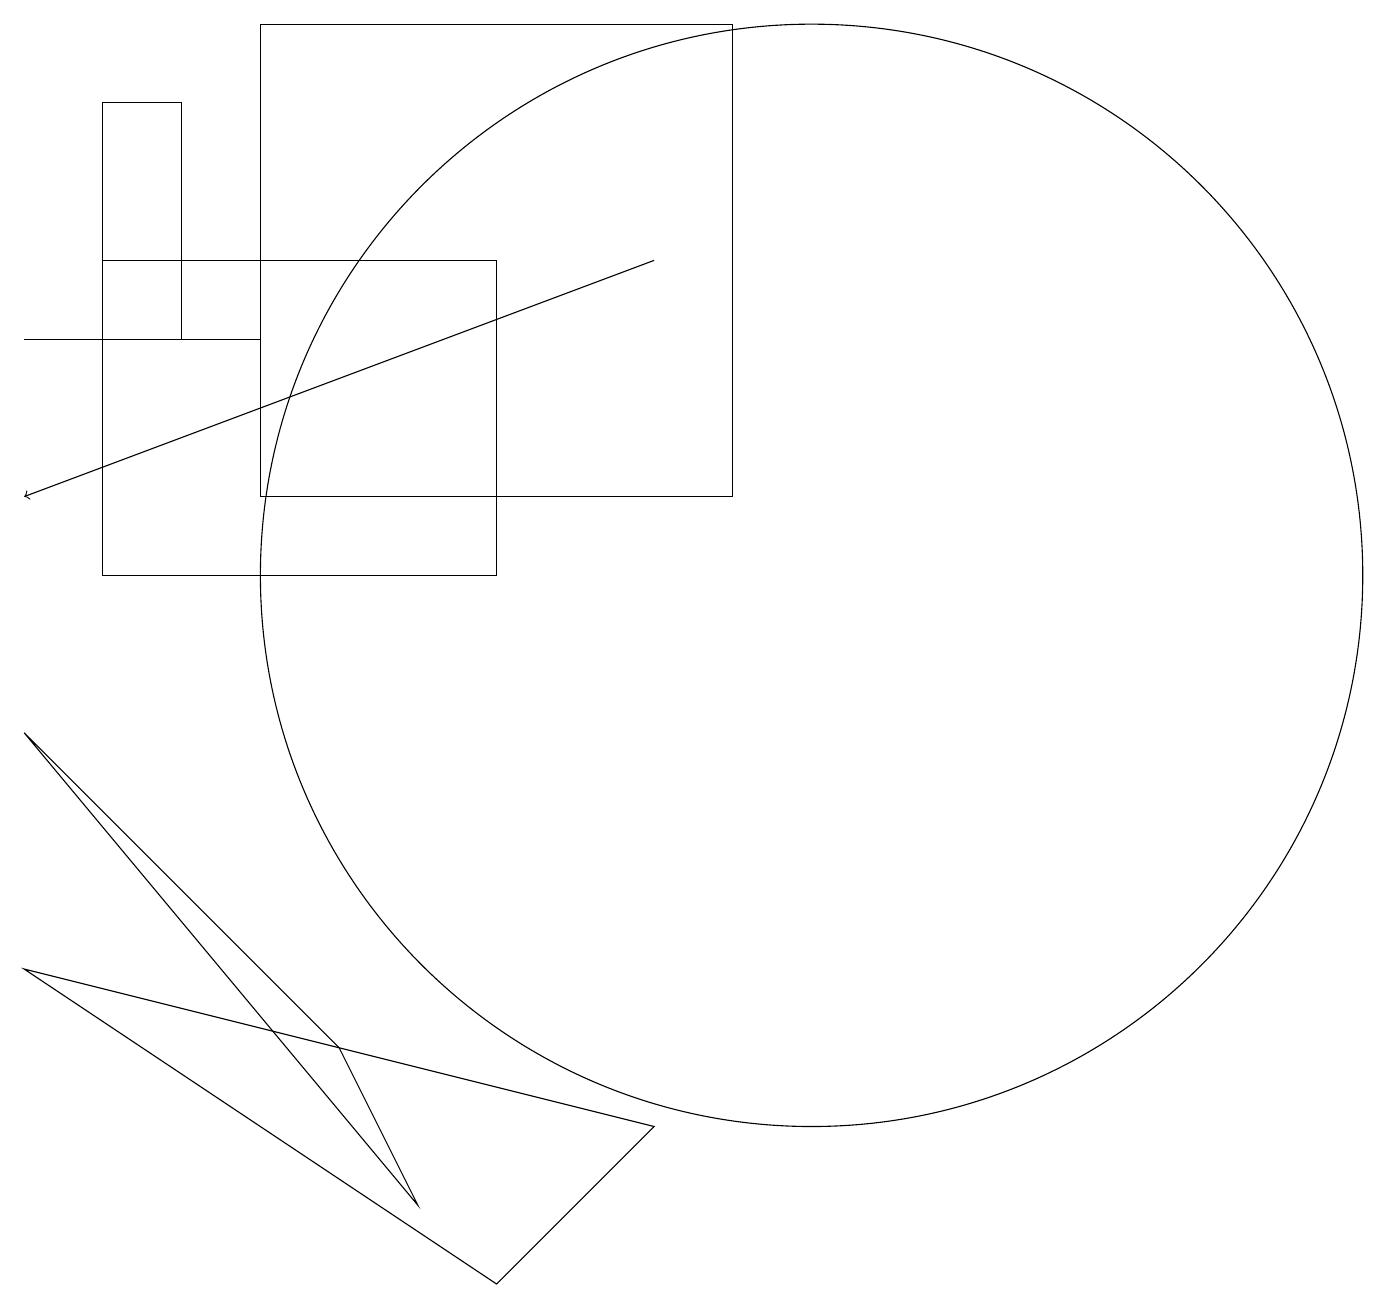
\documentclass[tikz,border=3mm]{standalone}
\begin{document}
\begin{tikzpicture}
\draw (5,2) -- (0,8) -- (4,4) -- cycle;
\draw (3,13) rectangle (0,13);
\draw (9,11) rectangle (3,17);
\draw[->] (8,14) -- (0,11);
\draw (10,10) circle (7);
\draw (2,16) rectangle (1,13);
\draw (8,3) -- (6,1) -- (0,5) -- cycle;
\draw (1,10) rectangle (6,14);
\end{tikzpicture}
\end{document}